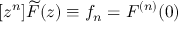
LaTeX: [ z ^ { n } ] { \widetilde { F } } ( z ) \equiv f _ { n } = F ^ { ( n ) } ( 0 )